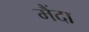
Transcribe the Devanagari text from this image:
मैंदा